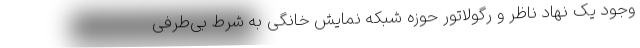
وجود یک نهاد ناظر و رگولاتور حوزه شبکه نمایش خانگی به شرط بی‌طرفی